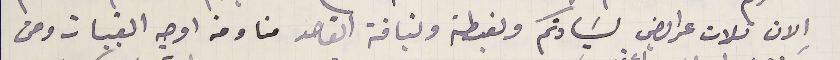
الان تلات عرايض لسَيادتكم ولغبطته ونياقة القاصد منا ومن اوجه القيبات ومن